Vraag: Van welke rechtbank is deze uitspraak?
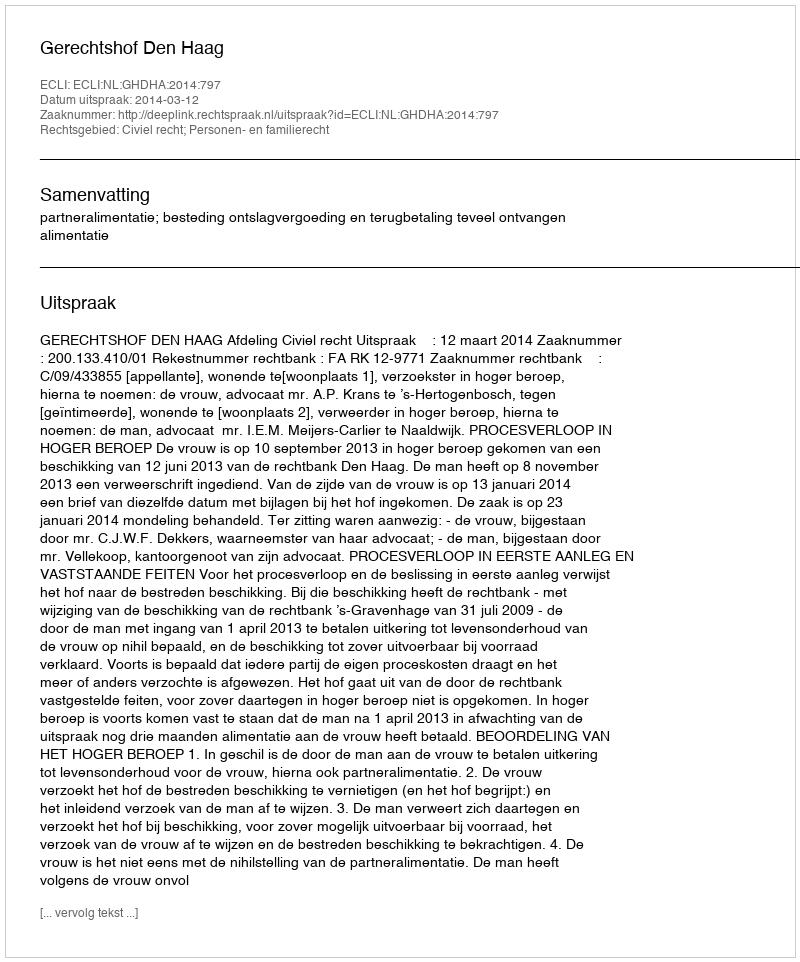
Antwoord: Gerechtshof Den Haag